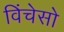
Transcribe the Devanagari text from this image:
विंचेसो